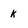
Character: k